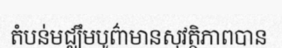
តំបន់មជ្ឈឹមបូព៌ាមានសុវត្ថិភាពបាន